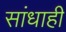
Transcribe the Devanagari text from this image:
सांधाही